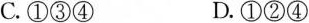
C.①③④D.①②④